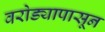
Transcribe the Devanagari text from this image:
वरोड्यापासून